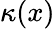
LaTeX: \kappa(x)